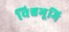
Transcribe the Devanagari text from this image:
विश्वभूमि